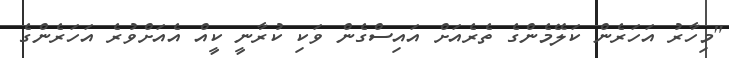
"މިހާރު އަހަރެން ކަލޭމެންގެ ތެރެއަށް އައިސްގެން ވަކި ކުރާނީ ކީއް އެއަށްވުރެ އަހަރެންގެ